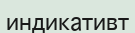
индикативт